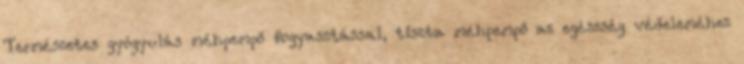
Természetes gyógyulás méhpempő fogyasztással, tiszta méhpempő az egészség védeleméhez